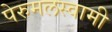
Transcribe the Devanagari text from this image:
पेरुमलस्वामी